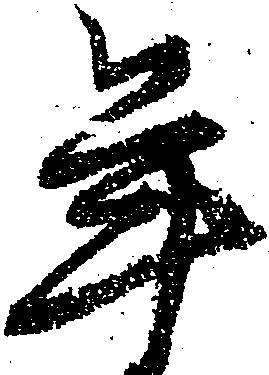
年